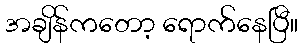
အချိန်ကတော့ ရောက်နေပြီ။